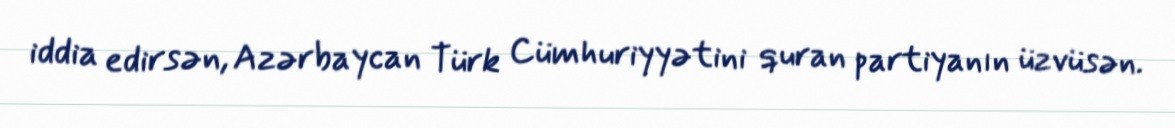
iddia edirsən, Azərbaycan Türk Cümhuriyyətini quran partiyanın üzvüsən.